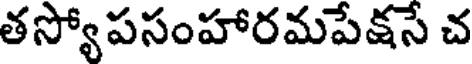
తస్యోపసంహారమపేక్షసే చ